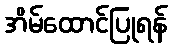
အိမ်ထောင်ပြုရန်